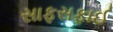
સાફસફાઈ